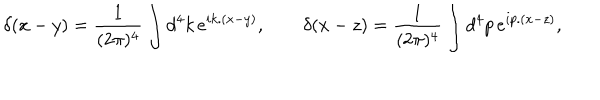
LaTeX: \delta ( x - y ) = { \frac { 1 } { ( 2 \pi ) ^ { 4 } } } \int d ^ { 4 } k \, e ^ { i k . ( x - y ) } , \qquad \delta ( x - z ) = { \frac { 1 } { ( 2 \pi ) ^ { 4 } } } \int d ^ { 4 } p \, e ^ { i p . ( x - z ) } ,